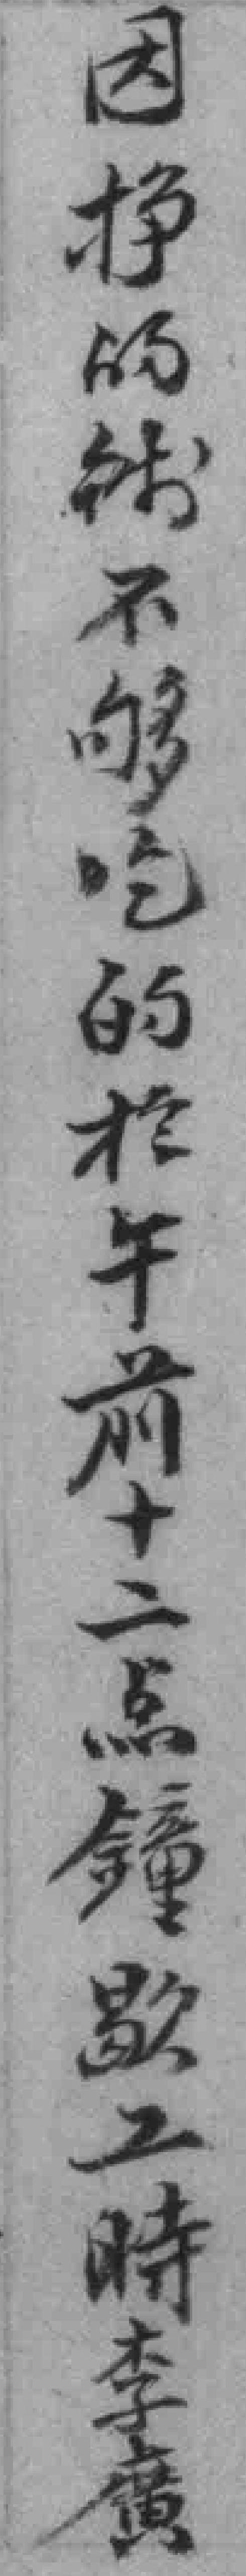
因挣的钱能不够吃的扵午前十二点鐘歇工時李廣